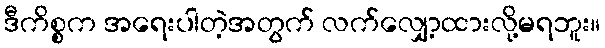
ဒီကိစ္စက အရေးပါတဲ့အတွက် လက်လျှော့ထားလို့မရဘူး။